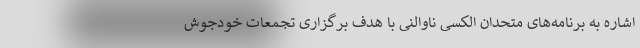
اشاره به برنامه‌های متحدان الکسی ناوالنی با هدف برگزاری تجمعات خودجوش